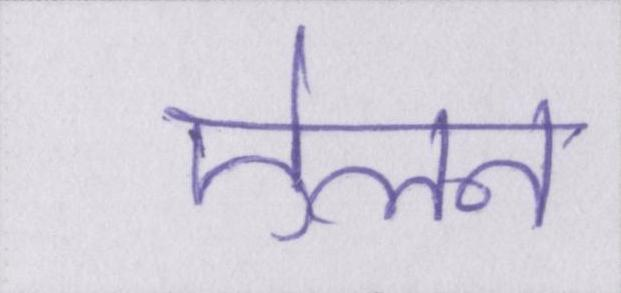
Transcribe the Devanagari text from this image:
ऐलन